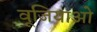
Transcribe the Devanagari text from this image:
वूजियाओ